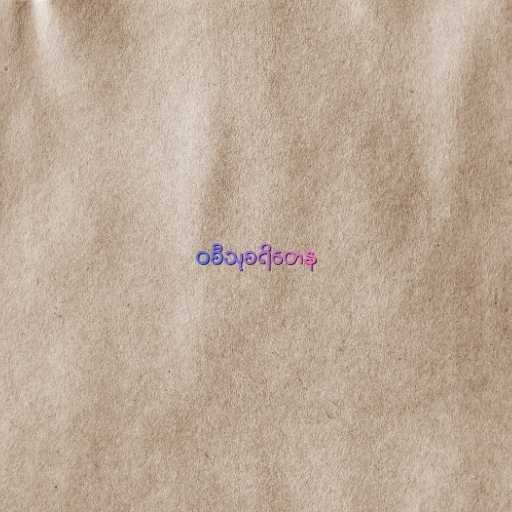
ဝစီသုစရိတေန